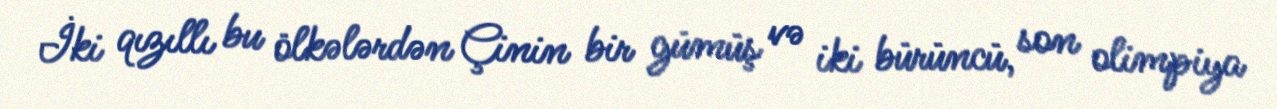
İki qızıllı bu ölkələrdən Çinin bir gümüş və iki bürüncü, son olimpiya